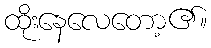
ထိုးနေလေတော့၏။